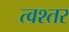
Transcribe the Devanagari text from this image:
त्वश्तर